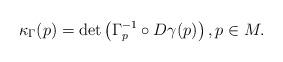
LaTeX: \begin{align*}\kappa_{\Gamma}(p) = \det \left( \Gamma_p^{-1} \circ D \gamma(p) \right), p \in M.\end{align*}